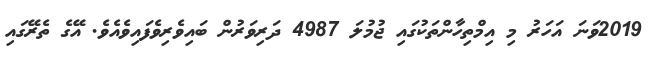
2019ވަނަ އަހަރު މި އިމްތިހާންތަކުގައި ޖުމުލަ 4987 ދަރިވަރުން ބައިވެރިވެފައިވެއެވެ. އޭގެ ތެރޭގައި